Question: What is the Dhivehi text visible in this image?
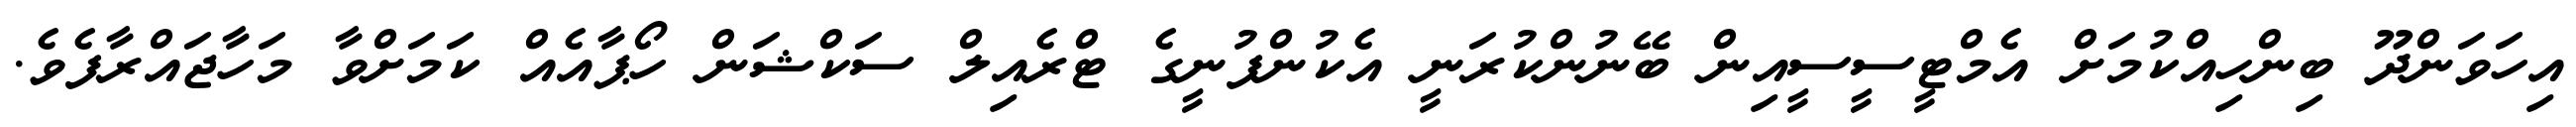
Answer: އިހަވަންދޫ ބިންހިއްކުމަށް އެމްޓީސީސީއިން ބޭނުންކުރަނީ އެކުންފުނީގެ ޓްރެއިލް ސަކްޝަން ހޯޕާއެއް ކަމަށްވާ މަހާޖައްރާފެވެ.